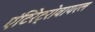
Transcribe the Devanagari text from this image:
एंटिरेट्रोवायरल